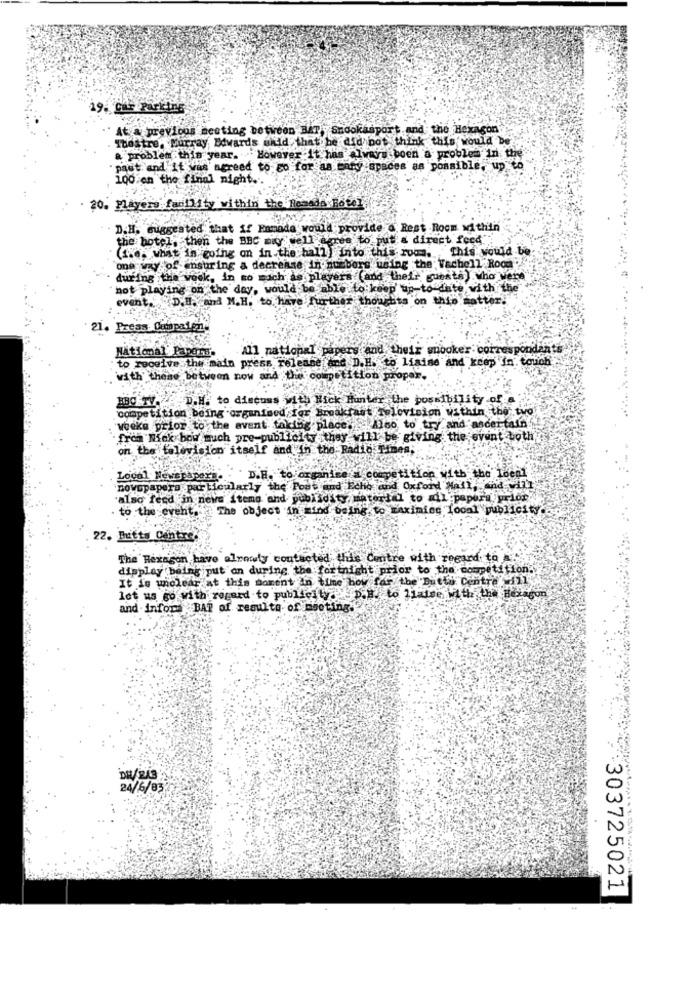
19. car Parking
At & previous meeting between BAT Snookssport and the Hexagon
Theatre. Murray Edwards whid that he did not think this would be
a problem this year. However it has Iveis boen a problem In the
past and it was agreed to go for as bary spaces as possible, up to
100 en the final night ..
20. Mayers facility within the Ramada Hotel
D.H. suggested that if Ennada would provide d Rest Room within
the hotel, then the BBC mity well agree to put a direct feed
(fx. what in going on in the hall) Into this room. This would be
one way of ensuring a decrease in numbers using the Vachell Roca
during the week, in so much as players (and their guests) who were
not playing on the day, would be able to keep up-to date with the
event .. D.H. and M.H. to have further thoughts on this matter.
Press. Denpa1632
National Papers.
all national papers and their snooker correspondants
to receive the main press release and D.H. to liaise and keep in touch
with these between now and the competition proper.
IBC TV. D.H. to discuss with Hick Hunter the possibility of a
competition being organised, for Breakfast Television within the two
"weeks prior to the avent taking place. 4160 to try and ascertain
from Nick bow much pre-publicity they will be giving the event both
on the television itself and in the Radio Times,
Local Newspapers
D.H. to organise_ competition with the loen1
novopapers particularly the Post and Echo and Oxford Mail, and will
also ferd in news items and publicity material to mil ;papers prior.
to the event. The object in mind being to raxining Toonl publicity
22. Butts Centre
The Hexagon have alrowty contacted this Centre with regard to A.
display being put on during the fortnight prior to the competition.
It do unclear at this moment in time how far the Dutti Centre will
let us go with regard to publicity : D.B.to liaise with the Hexagon
and infors BAR of resulta of meeting.
24/6/83
:303725021